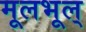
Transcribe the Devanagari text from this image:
मूलभूल्